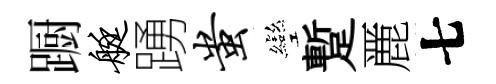
蹰艇踴蚩彎蹔䴡七